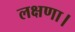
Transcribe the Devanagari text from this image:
लक्षणा।